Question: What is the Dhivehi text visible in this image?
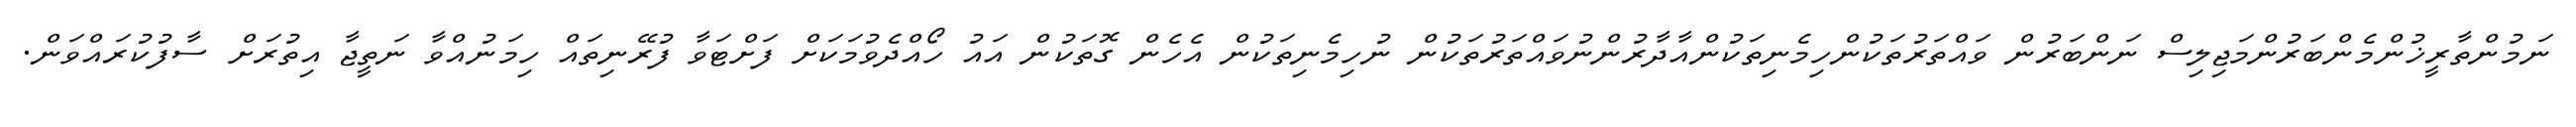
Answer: ނަމުންތާރީޚުންމެންބަރުންމަޖިލިސް ނަންބަރުން ވައްތަރުތަކުންހިމެނިތަކުންއާދާރުންނުވައްތަރުތަކުން ނުހިމެނިތަކުން އެހެން ގޮތަކުން އައު ހޯއްދެވުމަކަށް ފަށްޓަވާ ފުރޭނިތައް ހިމަނުއްވާ ނަތީޖާ އިތުރަށް ސާފުކުރައްވަން.